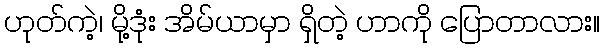
ဟုတ်ကဲ့၊ မို့ဒုံး အိမ်ယာမှာ ရှိတဲ့ ဟာကို ပြောတာလား။